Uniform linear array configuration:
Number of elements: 32
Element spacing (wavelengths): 0.75
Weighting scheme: kaiser
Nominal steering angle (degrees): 15
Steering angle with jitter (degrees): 14.982
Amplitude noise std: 0.05
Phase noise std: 0.05

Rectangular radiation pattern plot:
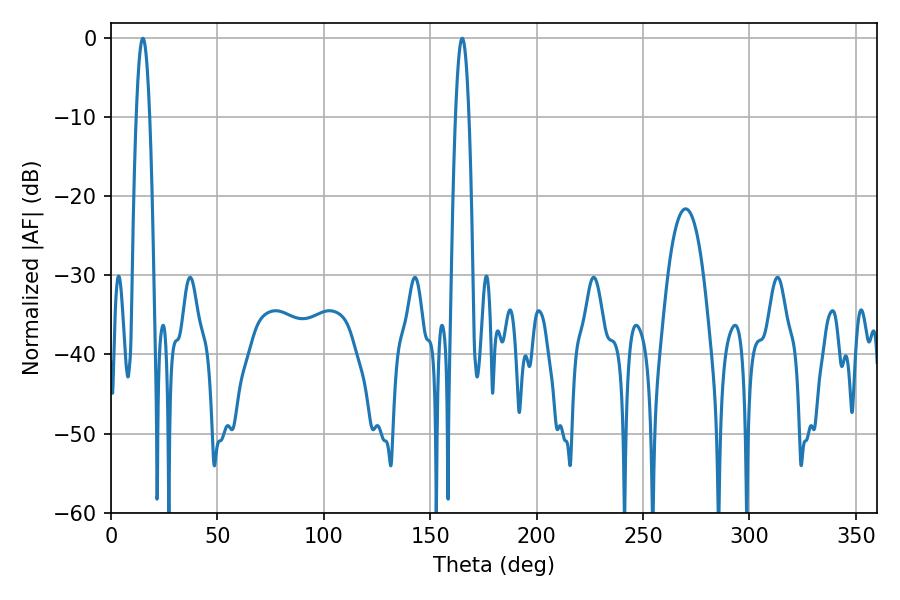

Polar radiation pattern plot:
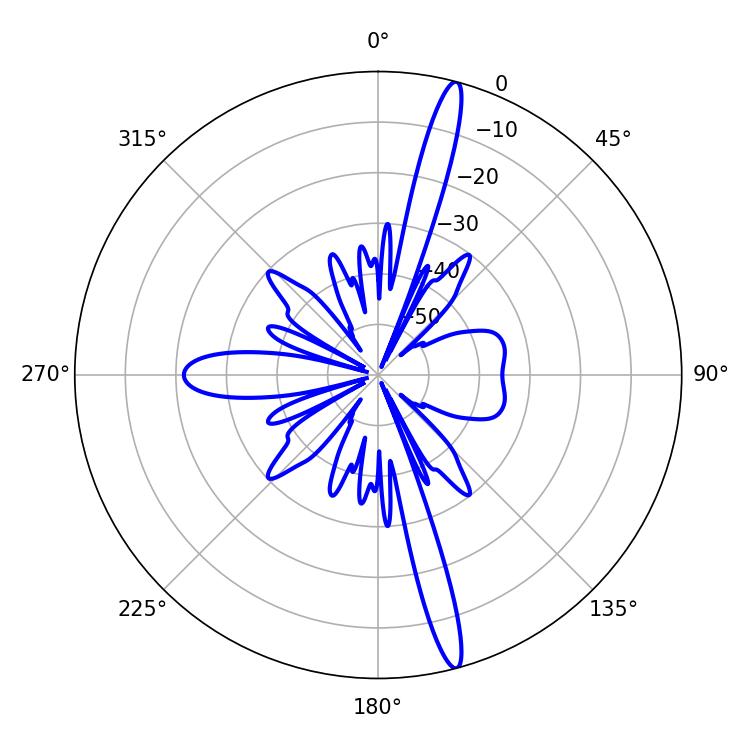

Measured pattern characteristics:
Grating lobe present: TRUE
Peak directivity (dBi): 17.831
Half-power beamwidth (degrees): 3.42
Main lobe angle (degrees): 14.94